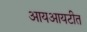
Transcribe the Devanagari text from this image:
आयआयटीत